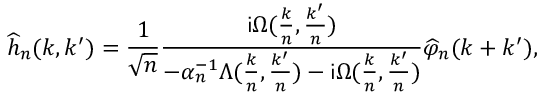
\widehat { h } _ { n } ( k , k ^ { \prime } ) = \frac { 1 } { \sqrt { n } } \frac { \mathsf { i } \Omega ( \frac { k } { n } , \frac { k ^ { \prime } } { n } ) } { - \alpha _ { n } ^ { - 1 } \Lambda ( \frac { k } { n } , \frac { k ^ { \prime } } { n } ) - \mathsf { i } \Omega ( \frac { k } { n } , \frac { k ^ { \prime } } { n } ) } \widehat { \varphi } _ { n } ( k + k ^ { \prime } ) ,